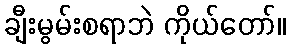
ချီးမွမ်းစရာဘဲ ကိုယ်တော်။